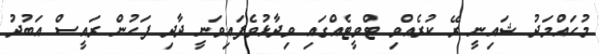
މުހައްމަދު ޝައިނީ ރޭ ކުރެއްވި ޓްވީޓެއްގައި ވިދާޅުވެފައިވަނީ ދާދި ފަހުން ރައީސް އަބުދު